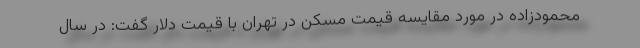
محمودزاده در مورد مقایسه قیمت مسکن در تهران با قیمت دلار گفت: در سال